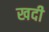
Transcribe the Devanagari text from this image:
खदी